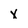
Character: x